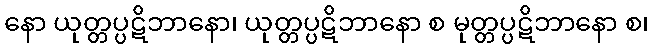
နော ယုတ္တပ္ပဋိဘာနော၊ ယုတ္တပ္ပဋိဘာနော စ မုတ္တပ္ပဋိဘာနော စ၊